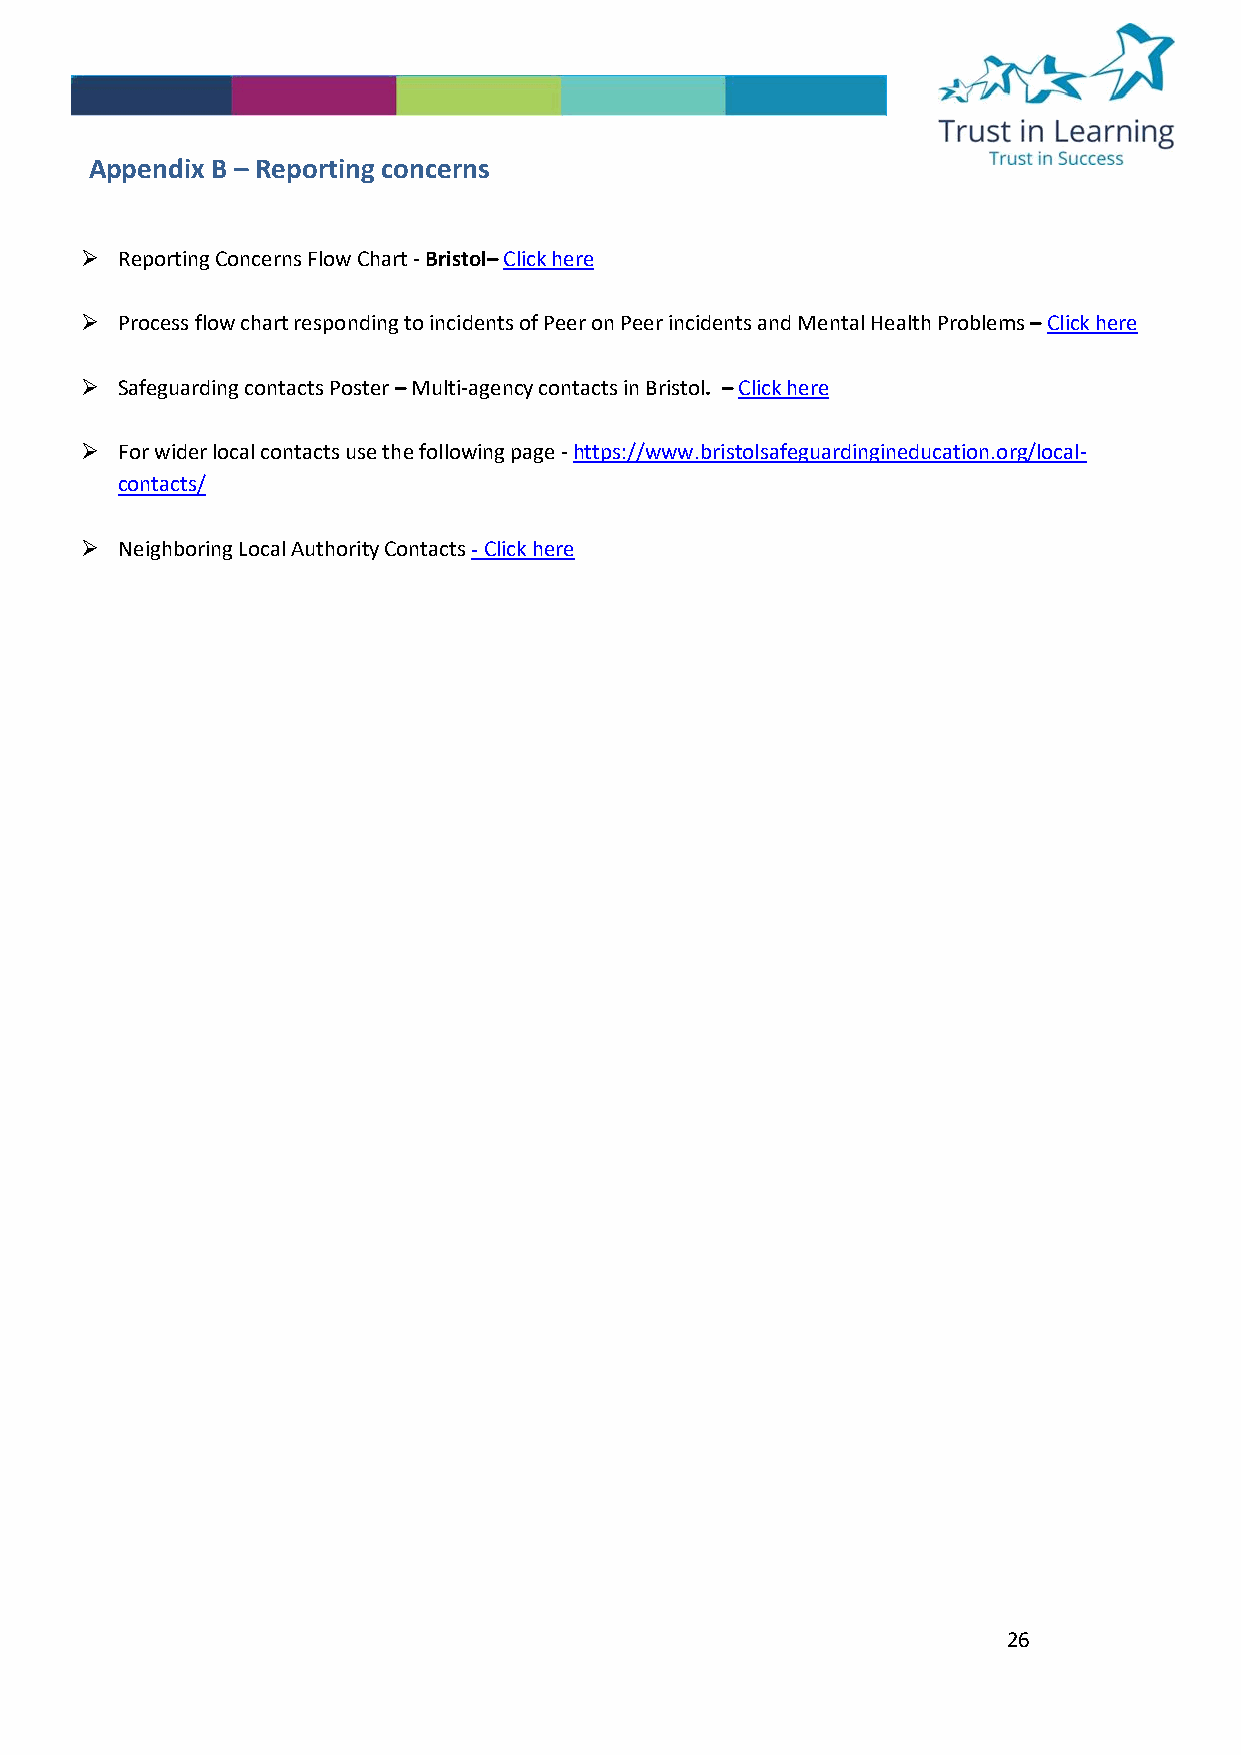
Appendix B – Reporting concerns
 ➢  Reporting Concerns Flow Chart - Bristol– Click here
 ➢  Process flow chart responding to incidents of Peer on Peer incidents and Mental Health Problems – Click here
 ➢  Safeguarding contacts Poster – Multi-agency contacts in Bristol. – Click here
 ➢  For wider local contacts use the following page - https://www.bristolsafeguardingineducation.org/local-
 contacts/
 ➢  Neighboring Local Authority Contacts - Click here
 26